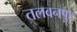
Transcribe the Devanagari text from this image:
तलवनपुर